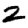
Digit: 2